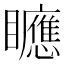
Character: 𥌾